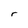
Character: r